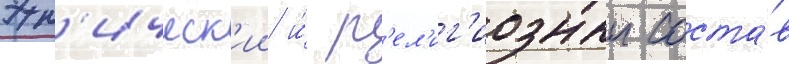
Этн'ическ'ии и́ р'ел'иг'иозныи соста́в